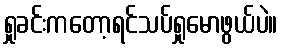
ရှုခင်းကတော့ရင်သပ်ရှုမောဖွယ်ပဲ။